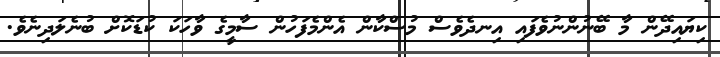
ކިޔައިދޭން މާ ބޭނުންނުވެފައި އިނދެވެސް މުސްކާން އެންމެފަހުން ސާމީގެ ވާހަކަ ކުޑަކޮށް ބުނެލަދިނެވެ.